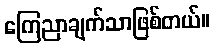
ကြေညာချက်သာဖြစ်တယ်။